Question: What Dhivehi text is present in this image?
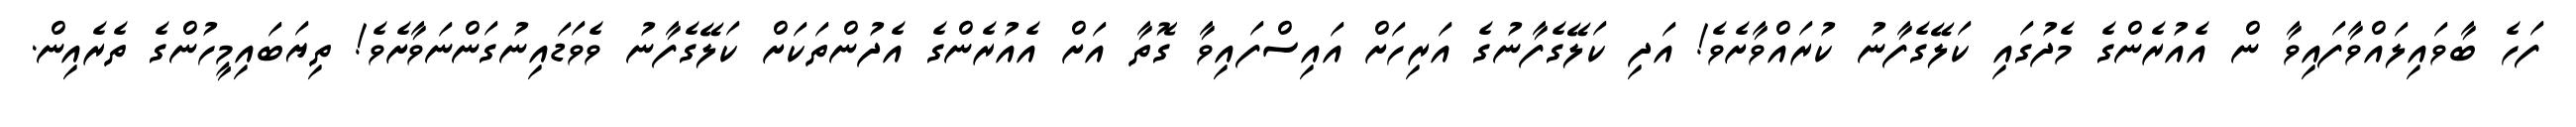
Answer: ފަހެ ބާވައިލައްވާފައިވާ ން އެއުރެންގެ މެދުގައި ކަލޭގެފާނު ކުރައްވާށެވެ! އަދި ކަލޭގެފާނުގެ އަރިހަށް އައިސްފައިވާ ގޮތާ އަށް އެއުރެންގެ އެދުންތަކަށް ކަލޭގެފާނު ވެވަޑައިނުގަންނަވާށެވެ! ތިޔަބައިމީހުންގެ ތެރެއިން.